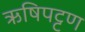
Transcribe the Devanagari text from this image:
ऋषिपट्टण